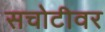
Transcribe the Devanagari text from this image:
सचोटीवर